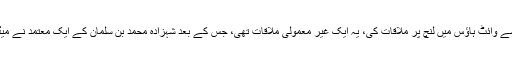
مارچ 2017ء میں نائب ولی عہد شہزادہ محمد بن سلمان نے امریکی صدر ٹرمپ سے وائٹ ہاؤس میں لنچ پر ملاقات کی، یہ ایک غیر معمولی ملاقات تھی، جس کے بعد شہزادہ محمد بن سلمان کے ایک معتمد نے میڈیا کو بتایا کہ ’یہ ملاقات امریکا سعودی عرب تعلقات میں ایک ٹرننگ پوائنٹ تھی۔